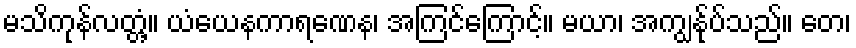
မသိကုန်လတ္တံ့။ ယံယေနကာရဏေန၊ အကြင်ကြောင့်။ မယာ၊ အကျွန်ုပ်သည်။ တေ၊